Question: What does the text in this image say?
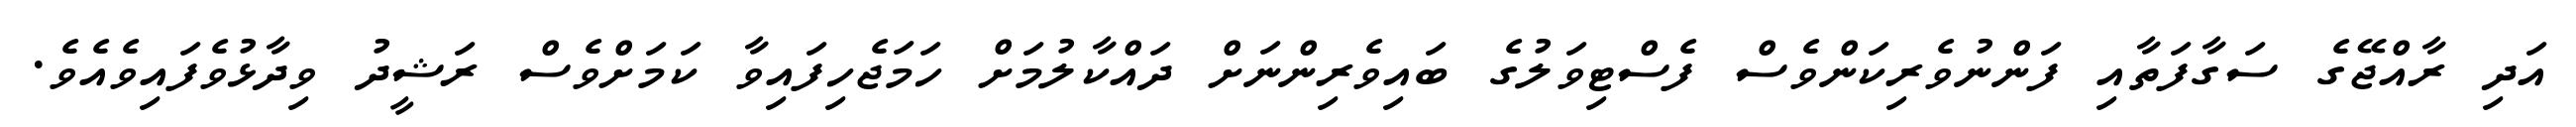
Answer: އަދި ރާއްޖޭގެ ސަގާފަތާއި ފަންނުވެރިކަންވެސް ފެސްޓިވަލުގެ ބައިވެރިންނަށް ދައްކާލުމަށް ހަމަޖެހިފައިވާ ކަމަށްވެސް ރަޝީދު ވިދާޅުވެފައިވެއެވެ.